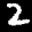
Label: 2